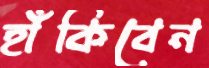
হাঁকিবেন